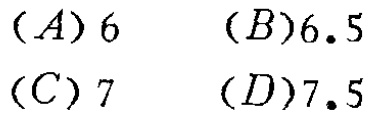
$(A)6\quad (B)6.5\quad (C)7\quad (D)7.5$